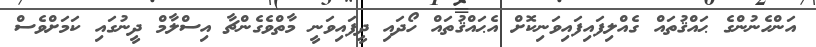
އަންހެނުންގެ ޙައްޤުތައް ގެއްލިފައިފައިވަނިކޮށް އެޙައްޤުތައް ހޯދައި ދީފައިވަނީ މާތްވެގެންޗާ އިސްލާމް ދީނުގައި ކަމަށްވެސް